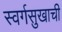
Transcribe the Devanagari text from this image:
स्वर्गसुखाची